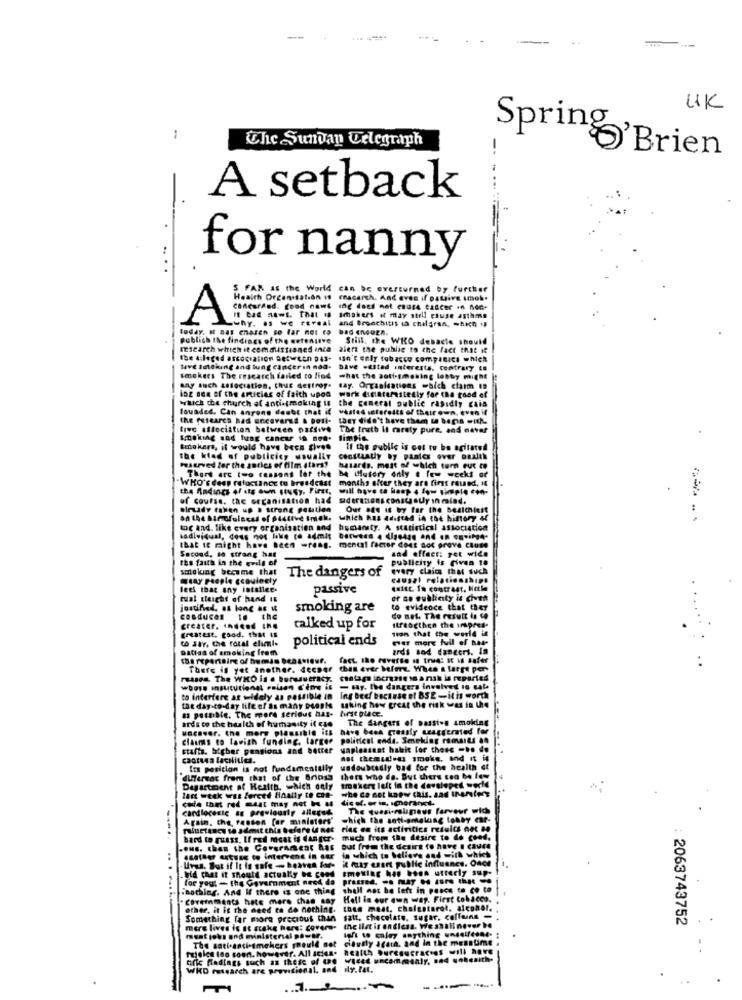
UK
The Sunvan Telegraph
Spring'Brien
A setback
for nanny
S FAR as the World can be overturned by further
Health Organisation 1
Fnacarch. And even if patgive smok.
Concorded. good nant ing does not endse cancer in non-
A
why. As we reveal
11 bad news. That if seghers it may still chuse asthma
and Bronchitis ta children, which is
today. it nas enasch so far mot ca
bad EnQUER.
Publich the findings of the extensive
Still. the WHO debacle should
research which it commissioned inca
2lerz the publie to the fact that if
the alleged association Between pas-
sin' enly tobacco compreica which
Save Ineking and lung cancer in noa.
Dave westad interests. Contrary to
smokers The research failed to find
what the soft-smoking lobby might
any such association, thus destroy"
say. Organisations which charm ta
ing ace of the articias of faith upod
which the church of anti-smoking is
the general public rapidly gais
werk GEinterestedly far the good ef
touaded. Can anyone doubt that if vested interests of their own. even if
the feitares had enenvarus & poll-
DET didn't have them M bens mith.
tive aftociltion between parsive
The truth Il rarely pure, and never
koeling and lung cancer ig nos.
limpie
Brokers, if would have been given
If the public is cet to be agitated
the kind of publicicy usually
constantly by panics over oualth
Paarved for the auties of film stars?
be Mutdry only & few weeks of
hasards. most of which turn Fue to
WHO'S deep reloctince to bresdetst
Thort arc two cessons ler the
months after they are first round. it
the Andings of its oum 11947. First,
will have te Hasp 4 fow simple con-
of course. the organisation had siderations consigoUy in mind.
Birdy taken up a strong peutien
Our BEN is by far the Bestchiest
DA LAA Mimofulness of pistive Imiel.
which has adifted in the history &t
tog and. like every organisation and
humansty. A statistical association
ladividual, dess not like to admit between 4 (sedan and . "iNA"
that It might have Been wrong. mental factor does not prove Cluse
and effect: yet wide
Second, sa strong has
the faith in the evils of
publicity is civan 18
smolung became that
every claims that such
tay people ccouingly
The dangers of
lees that any intellee.
passive
exist In contrast, Notle
tual sleight of hand IE
er no publiety is chen
justified. as long as &
smoking are
to evidence that they
conduces 16 the
do not. The result is to
greatest, good. that is
creater. Indeed IRE
talked up for
Itraogthen the impres-
sion that the world is
co Jar, the rotal eluml-
political ends
Per marx full of has-
Datisa of smoking fram
ards 104 dancers. In
fact, the reverse in truet it is safer
There is yet another. deeper than ever Mime. When & targe per
reason. The WHO is e bureaucracy, contage increme se a nik is reported
whose institutionst raison d'dos it - say, the dangers involved in cale
to interfere ar widely as possible in ing beef because e! BSE -il is worth
the day-to-day life of as many DROBMe
ma possible. The more serious has- first place.
asking how great the risk was in the
ards to the health of humanity if cte
The dangers of Daist.a smoking
uncover. the more plausible its
claims to lavish funding, larger
political enda. Seeking romaits an
stafts. bieber pensions and better
yapleasant habit for those -ho de
cancuna lacilities.
not themid.us smoke, and it
Its position is not fundamentally
undoubtedly bad for the health et
duffersac from that of the 8noss
there who de. But chers con ba fey
sikert left in the developed world
Department of Health, which only
whe da Get kaew cais. sad whenfee
coda ton red mast may not h as
lac weck wis fercet Haalty to con-
The quasi-ruinous farvevr wich
Again, the reason for ministers'
which the sott-gmaking tonby car-
riac en its activities results not be
--...
bard to guess. If red meat is danger- much from the desire to de gend.
.ous. than the Coverarent has
in which to believe and with which
but from the desire to have . cause
sofaer Ating to intervene in eur
it may exert public influenes. Once
bid that it should actually De cond
Uvas. But if It is safe - heaven for-
smoking has been utterly sup-
for you: - the Government need da
Pressed. -. ny .. . are that ..
:nothing. And If there is one thing
shell ant be left in pesce to co to
Covemments hate mere that way
Hell in our own way. First tobacco.
other, it is the need to do nothing.
LOLA mest, cholesterol, alconat.
Something far more precious than
satt, chocolate, sugar, collana -
2063743752
mere lives is at stake here: Cover-
the list is endless. We shallnever be
left to caley anything unselfcone- ;
meat john and ministerial powie.
cautly Afdia, and in the menntime
ruleles leo soon. however. All sciea.
ofic Radings such ax those of the Vizet uncommonly, nad wohenich.
WKD research are provisional, and
dly.Pat.
.
1.
--